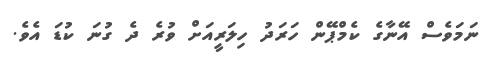
ނަމަވެސް އޭނާގެ ކެމްޕޭން ހަރަދު ހިލަރީއަށް ވުރެ ދެ ގުނަ ކުޑަ އެވެ.